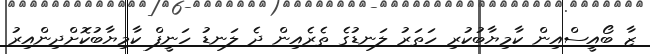
ޒާ ބޯއީސްއިން ކާމިޔާބުކުރި ހަތަރު ލަނޑުގެ ތެރެއިން ދެ ލަނޑު ހަނީފް ކާމިޔާބުކޮށްދިންއިރު